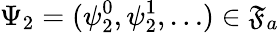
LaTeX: \Psi_{2}=(\psi_{2}^{0},\psi_{2}^{1},\ldots)\in\mathfrak{F}_{a}